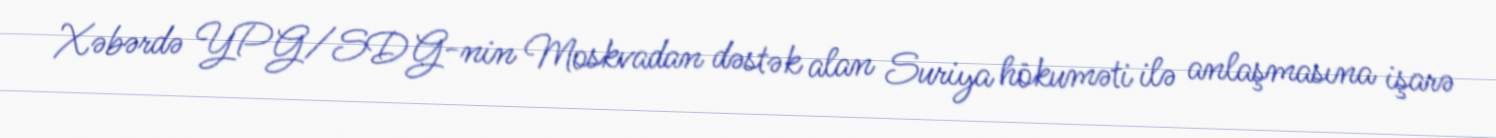
Xəbərdə YPG/SDG-nin Moskvadan dəstək alan Suriya hökuməti ilə anlaşmasına işarə